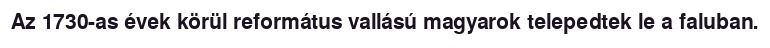
Az 1730-as évek körül református vallású magyarok telepedtek le a faluban.